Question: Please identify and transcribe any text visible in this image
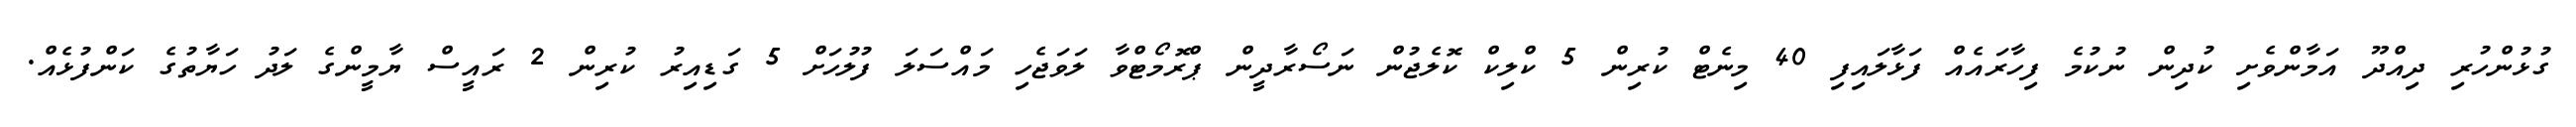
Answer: ގުޅުންހުރި ދިއްދޫ އަމާންވެށި ކުދިން ނުކުމެ ފިހާރައެއް ފަޅާލައިފި 40 މިނެޓް ކުރިން 5 ކްލިކް ކޮލެޖުން ނަސޯރާދީން ޕްރޮމޯޓްވާ ލަވަޖެހި މައްސަލަ ފުލުހަށް 5 ގަޑިއިރު ކުރިން 2 ރައީސް ޔާމީންގެ ލަދު ހަޔާތުގެ ކަންފުޅެއް.